Note on the mental hospitals in Burma - 1925-1940
Year: 1925
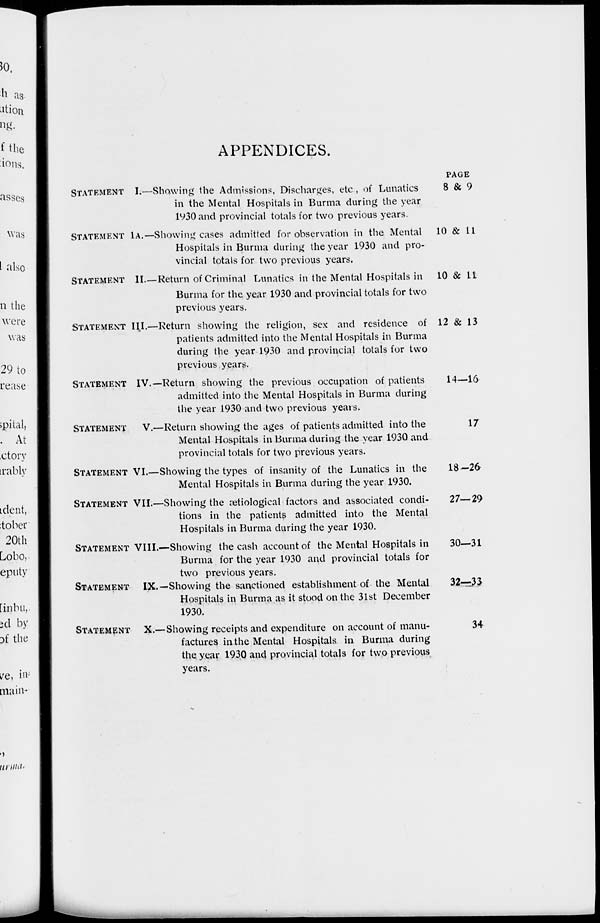
APPENDICES.
STATEMENT
STATEMENT
STATEMENT
STATEMENT
STATEMENT
STATEMENT
STATEMENT
STATEMENT
STATEMENT
STATEMENT
STATEMENT
I.—Showing the Admissions, Discharges, etc , of Lunatics
in the Mental Hospitals in Burma during the year
1930 and provincial totals for two previous years.
1A.—Showing cases admitted for observation in the Mental
Hospitals in Burma during the year 1930 and pro-
vincial totals for two previous years.
II.—Return of Criminal Lunatics in the Mental Hospitals in
Burma for the year 1930 and provincial totals for two
previous years.
III.—Return showing the religion, sex and residence of
patients admitted into the Mental Hospitals in Burma
during the year 1930 and provincial totals for two
previous years.
IV.— Return showing the previous occupation of patients
admitted into the Mental Hospitals in Burma during
the year 1930 and two previous years.
V.—Return showing the ages of patients admitted into the
Mental Hospitals in Burma during the year 1930 and
provincial totals for two previous years.
VI.—Showing the types of insanity of the Lunatics in the
Mental Hospitals in Burma during the year 1930.
VII.—Showing the ætiological factors and associated condi-
tions in the patients admitted into the Mental
Hospitals in Burma during the year 1930.
VIII.—Showing the cash account of the Mental Hospitals in
Burma for the year 1930 and provincial totals for
two previous years.
IX.—Showing the sanctioned establishment of the Mental
Hospitals in Burma as it stood on the 31st December
1930.
X.—Showing receipts and expenditure on account of manu-
factures in the Mental Hospitals in Burma during
the year 1930 and provincial totals for two previous
years.
PAGE
8 & 9
10 & 11
10 & 11
12 & 13
14—16
17
18-26
27—29
30—31
32—33
34